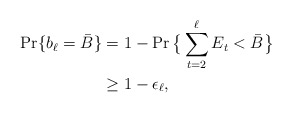
\begin{align*}\Pr\{b_\ell=\bar{B}\}&=1-\Pr\big\{\sum_{t=2}^{\ell}E_t<\bar{B}\big\}\\*&\geq 1 - \epsilon_\ell,\end{align*}